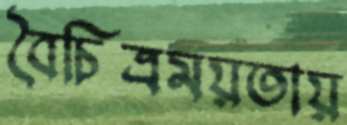
বৈচিত্রময়তায়